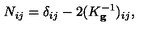
N _ { i j } = \delta _ { i j } - 2 ( K _ { \mathbf { g } } ^ { - 1 } ) _ { i j } ,